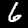
Digit: 6